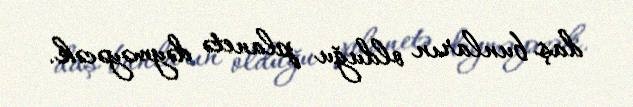
daş bunların olduğu planetə dəyməyəcək.